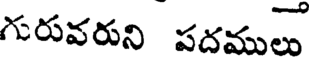
గురువరుని పదములు